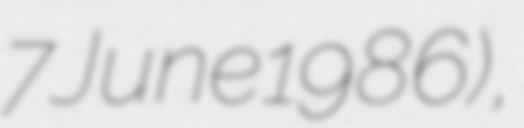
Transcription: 7 June 1986),